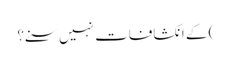
) کے انکشافات نہیں سنے؟